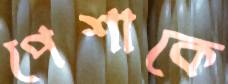
পেশাকে